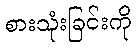
စားသုံးခြင်းကို